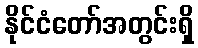
နိုင်ငံတော်အတွင်းရှိ